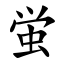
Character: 蛍